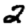
Digit: 2